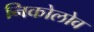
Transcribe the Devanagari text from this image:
निकोलोव